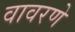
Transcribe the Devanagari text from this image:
वावरणे